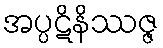
အပ္ပဋိနိဿဇ္ဇ